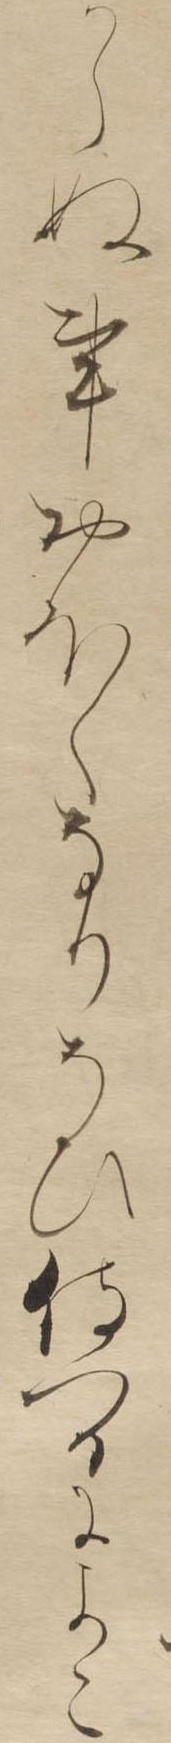
からぬ事おほくなりそひ侍つるによこ